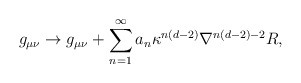
\begin{align*}g_{\mu \nu }\rightarrow g_{\mu \nu }+\sum_{n=1}^{\infty }a_{n}\kappa^{n(d-2)}\nabla ^{n(d-2)-2}R,\end{align*}